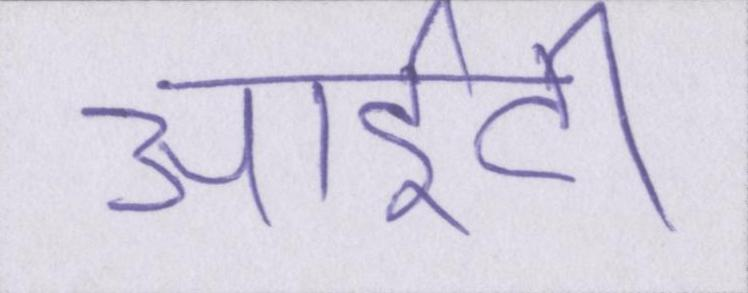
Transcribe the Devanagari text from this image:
आईटी